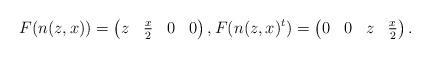
LaTeX: \begin{align*}F(n(z,x)) = \begin{pmatrix}z & \frac{x}{2} & 0 & 0\end{pmatrix},F(n(z,x)^t) = \begin{pmatrix}0&0&z & \frac{x}{2}\end{pmatrix}.\end{align*}